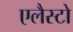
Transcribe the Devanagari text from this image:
एलैस्टो